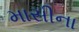
માસીના